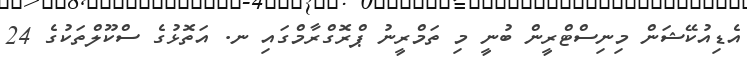
އެޑިއުކޭޝަން މިނިސްޓްރީން ބުނީ މި ތަމްރީނު ޕްރޮގްރާމްގައި ނ. އަތޮޅުގެ ސްކޫލްތަކުގެ 24